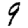
Digit: 9